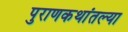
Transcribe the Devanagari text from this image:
पुराणकथांतल्या